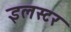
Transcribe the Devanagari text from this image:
इलस्टर